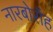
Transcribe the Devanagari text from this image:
नारबोरॉह